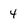
Character: 4